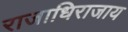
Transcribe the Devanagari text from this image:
राजाधिराजाय